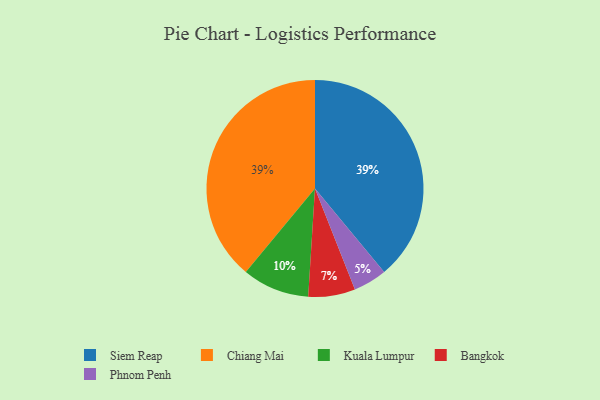
{"axis": {"x": "Category", "y": "Percentage"}, "legend": ["Bangkok", "Chiang Mai", "Kuala Lumpur", "Phnom Penh", "Siem Reap"], "data": [{"x": "Siem Reap", "y": 39, "type": "Siem Reap"}, {"x": "Bangkok", "y": 7, "type": "Bangkok"}, {"x": "Chiang Mai", "y": 39, "type": "Chiang Mai"}, {"x": "Kuala Lumpur", "y": 10, "type": "Kuala Lumpur"}, {"x": "Phnom Penh", "y": 5, "type": "Phnom Penh"}]}